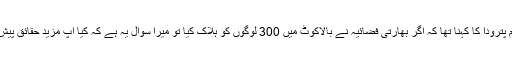
غیر ملکی خبر رساں ایجنسی کو انٹرویو دیتے ہوئے سیم پترودا کا کہنا تھا کہ اگر بھارتی فضائیہ نے بالاکوٹ میں 300 لوگوں کو ہلاک کیا تو میرا سوال یہ ہے کہ کیا آپ مزید حقائق پیش کر سکتے ہیں اور اس دعوے کو ثابت کر سکتے ہیں؟